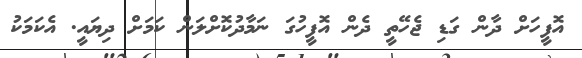
އޮފީހަށް ދާން ގަޑި ޖެހޭތީ ދެން އޮފީހުގަ ނަމާދުކޮށްލަން ކަމަށް ދިޔައީ. އެކަމަކު